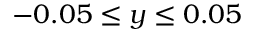
- 0 . 0 5 \le y \le 0 . 0 5